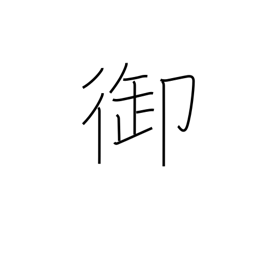
Meaning: govern